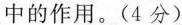
中的作用。（4分）